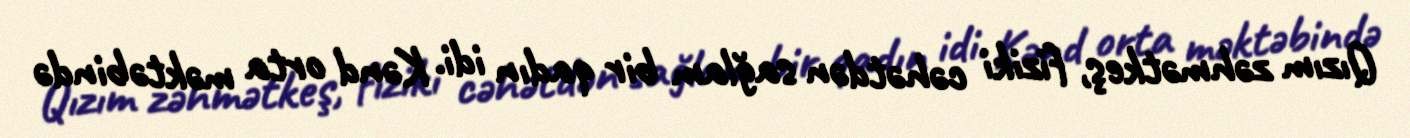
Qızım zəhmətkeş, fiziki cəhətdən sağlam bir qadın idi. Kənd orta məktəbində